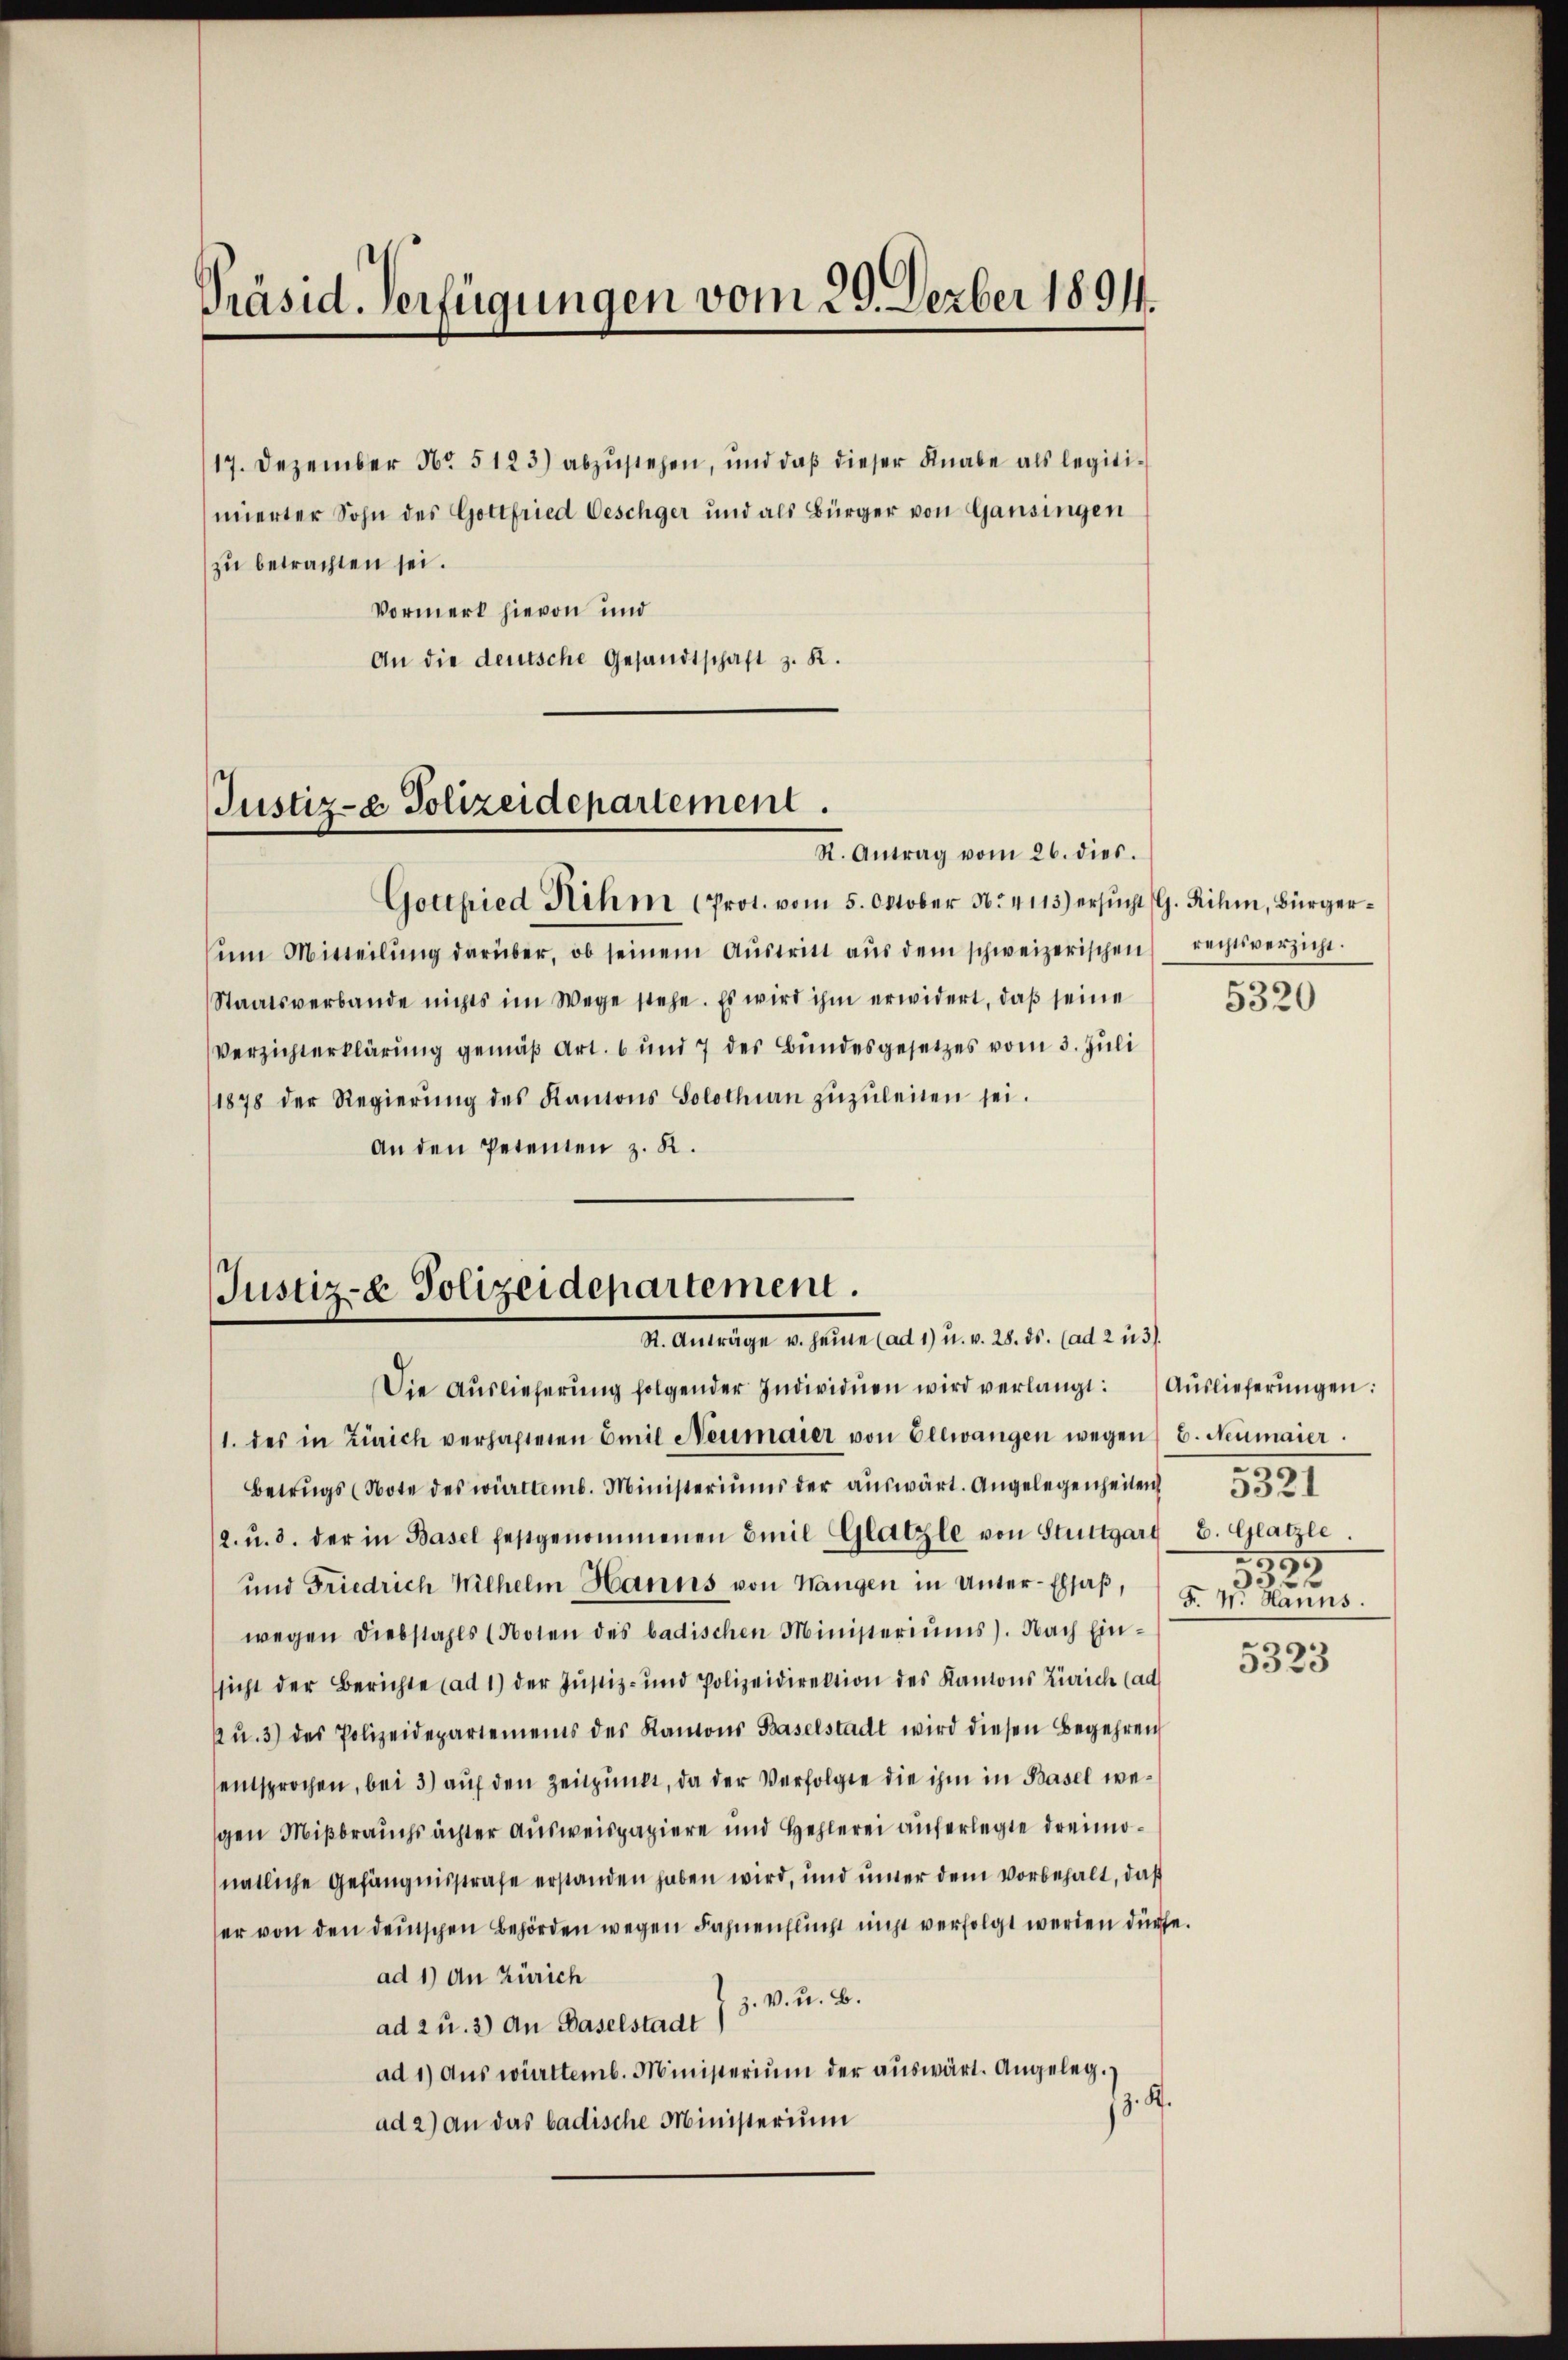
Präsid. Verfügungen vom 29. Derber 1891.

17. Dezember No 5123) abzustehen, und daß dieser Knabe als legitiiierter Sohn des Gottfried Oeschger und als Bürger von Gansingen
zu betrachten sei.
Vormerk hievon und
An die deutsche Gesandtschaft z. R.

Justiz- & Polizeidepartement.

Justiz- & Polizeidepartement.
I. Antrage er seiner alt, u. d. d. J. als ich

Gottfried ihm (Prot. vom 5. Oktober N. 4113) ersŭcht (G. Rihi, Bürger-
ŭm Mitteilŭng darüber, ob seinem Aŭstritt aŭs dem schweizerischen rechtsverzicht.
Staatsverbande nichts im Wege stehe. Es wird ihm erwidert, daß seine
Verzichterklärung gemäß Art. 6 und 7 des Bundesgesetzes vom 3. Juli
1878 der Regierŭng des Kantons Solothin zŭzŭleiten sei.
An den Petenten z. R.

R. Antrag vom 26. dies.

Die Aŭslieferŭng folgender Individuen wird verlangt: Aŭslieferŭngen:

/1. des in Zürich verhaltenen Emil Neumaier von Elewangen wegen 6. Neumaier
Betrugs (Note des württemb. Ministeriums der auswärt. Angelegenheiten
2. u. 3. der in Basel festgenommenen Emil Glatzle von Stuttgard E. Glatzle
und Friedrich Wilhelm Hanns von Hangen in Unter-Elsaß,
wegen Diebstahls (Noten des badischen Ministeriŭms). Nach Einssicht der Berichte (ad 1) der Justiz- und Polizeidirektion des Kantons Zürich (ad
kŭ. 3) des Polizeidepartements des Kantons Baselstadt wird diesen Begehren
entsprochen, bei 3) auf den Zeitpunkt, da der Verfolgte die ihm in Basel wegen Mißbrauchs ächter Ausweispapiere und Hehlerei auferlegte dreimonatliche Gefängnisstrafe erstanden haben wird, und unter dem vorbehalt, daß
er von den deutschen Behörden wegen Fahnenflicht nicht verfolgt werden dürfe.
ad 1) An Zürich
z. V. u. B.
ad 2 u. 3) An Baselstadt
ad 1) aus württemb. Ministerium der aŭswärt. Angeleg
. .
ad 2) an das badische Ministerium

5320

5321
1927
35
F. W. Hanns.

e
3523